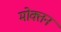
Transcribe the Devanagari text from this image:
मोक्तन